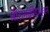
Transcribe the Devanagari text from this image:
श्रीरामक्रीडाभुवन